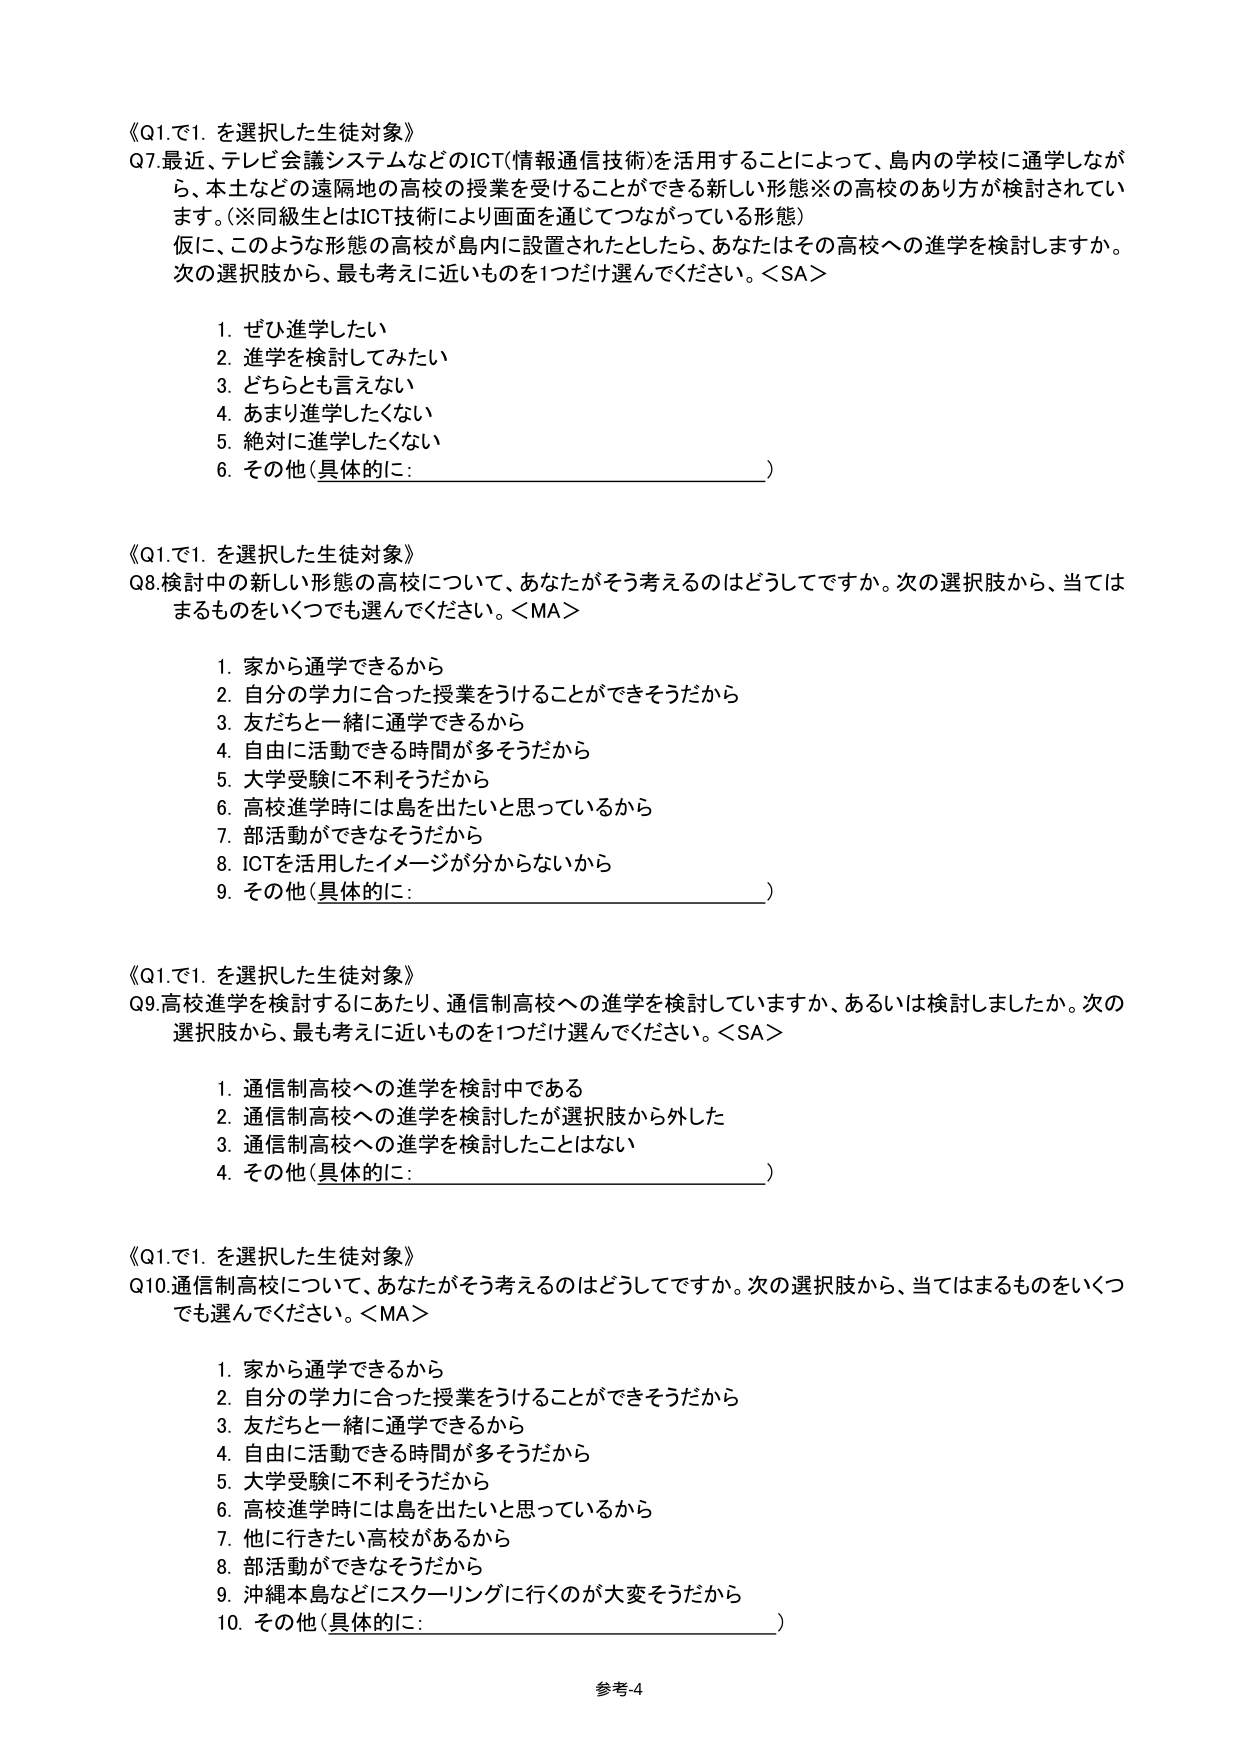
《Q1.で1. を選択した生徒対象》
Q7. 最近、テレビ会議システムなどのICT（情報通信技術）を活用することによって、島内の学校に通学しなが
ら、本土などの遠隔地の高校の授業を受けることができる新しい形態※の高校のあり方が検討されてい
ます。（※同級生とはICT技術により画面を通じてつながっている形態）
仮に、このような形態の高校が島内に設置されたとしたら、あなたはその高校への進学を検討しますか。
次の選択肢から、最も考えに近いものを1つだけ選んでください。＜SA＞

1. ぜひ進学したい
2. 進学を検討してみたい
3. どちらとも言えない
4. あまり進学したくない
5. 絶対に進学したくない
6. その他（具体的に：________________________）

《Q1.で1. を選択した生徒対象》
Q8. 検討中の新しい形態の高校について、あなたがそう考えるのはどうしてですか。次の選択肢から、当ては
まるものをいくつでも選んでください。＜MA＞

1. 家から通学できるから
2. 自分の学力に合った授業をうけることができるそうだから
3. 友だちと一緒に通学できるから
4. 自由に活動できる時間が多そうだから
5. 大学受験に不利そうだから
6. 高校進学時には島を出たいと思っているから
7. 部活動ができなそうだから
8. ICTを活用したイメージが分からないから
9. その他（具体的に：________________________）

《Q1.で1. を選択した生徒対象》
Q9. 高校進学を検討するにあたり、通信制高校への進学を検討していますか、あるいは検討しましたか。次の
選択肢から、最も考えに近いものを1つだけ選んでください。＜SA＞

1. 通信制高校への進学を検討中である
2. 通信制高校への進学を検討したが選択肢から外した
3. 通信制高校への進学を検討したことはない
4. その他（具体的に：________________________）

《Q1.で1. を選択した生徒対象》
Q10. 通信制高校について、あなたがそう考えるのはどうしてですか。次の選択肢から、当てはまるものをいくつ
でも選んでください。＜MA＞

1. 家から通学できるから
2. 自分の学力に合った授業をうけることができるそうだから
3. 友だちと一緒に通学できるから
4. 自由に活動できる時間が多そうだから
5. 大学受験に不利そうだから
6. 高校進学時には島を出たいと思っているから
7. 他に行きたい高校があるから
8. 部活動ができなそうだから
9. 沖縄本島などにスクーリングに行くのが大変そうだから
10. その他（具体的に：________________________）

参考4